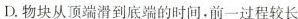
D.物块从顶端滑到底端的时间。前一过程较长